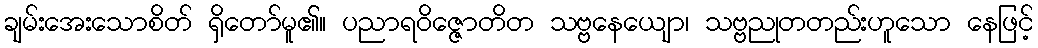
ချမ်းအေးသောစိတ် ရှိတော်မူ၏။ ပညာရဝိဇ္ဇောတိတ သဗ္ဗနေယျော၊ သဗ္ဗညုတတည်းဟူသော နေဖြင့်